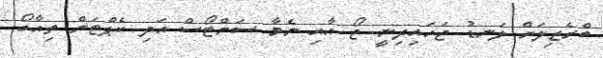
ބްރެޒިލަށް ލަނޑު ޖަހައިދިނީ ޖޯ އާއި ނެމާ ސަންޓޯސް އަދި ކެޕްޓަން ތިއާގޯ